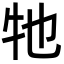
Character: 牠